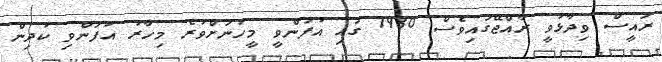
ރައީސް ވިދާޅުވީ ރާއްޖޭގައިވެސް 1980 ގައި އުފަންވީ މީހުނަށްވުރެ މިހާރު އުފަންވި ކުދިން